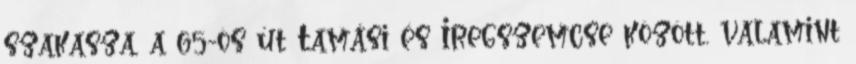
szakasza, a 65-ös út Tamási és Iregszemcse között, valamint